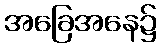
အခြေအနေ၌